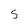
Character: S